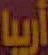
أريبيا